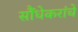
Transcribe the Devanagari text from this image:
सौंधेकरांचे